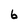
Character: 6